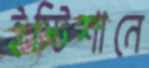
ইস্টিশানে